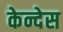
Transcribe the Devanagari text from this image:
केन्देस